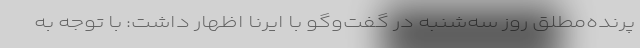
پرنده‌مطلق روز سه‌شنبه در گفت‌وگو با ایرنا اظهار داشت: با توجه به